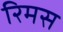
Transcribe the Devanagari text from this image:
रिमस